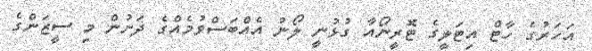
އަހަރުގެ ހާޓް އިޓަލީގެ ޓޮރީނޯއާ ގުޅުނީ ލޯނު އެއްބަސްވުމެއްގެ ދަށުން މި ސީޒަންގެ